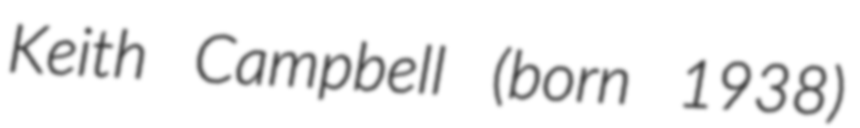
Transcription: Keith Campbell (born 1938)